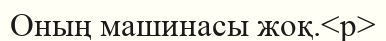
Оның машинасы жоқ.<p>